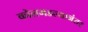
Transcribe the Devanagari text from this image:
कोलमडल्यानंतर